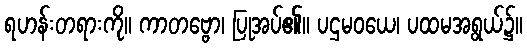
ရဟန်းတရားကို။ ကာတဗ္ဗော၊ ပြုအပ်၏။ ပဌမဝယေ၊ ပထမအရွယ်၌။